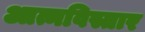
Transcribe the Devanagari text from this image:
आत्मविस्तार